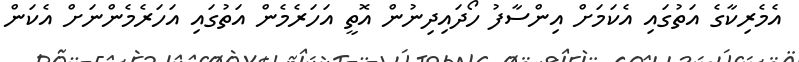
އެމެރިކާގެ އަތުގައި އެކަމަށް އިންސާފު ހޯދައިދިނުން އޮތީ އަހަރެމެން އަތުގައި އަހަރެމެންނަށް އެކަން